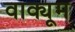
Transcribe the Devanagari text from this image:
वाक्यूम